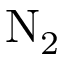
\mathrm { N } _ { 2 }